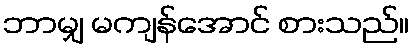
ဘာမျှ မကျန်အောင် စားသည်။